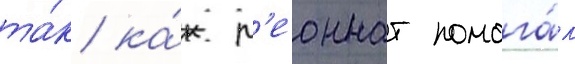
та́к ка́к л'еоннат помога́л